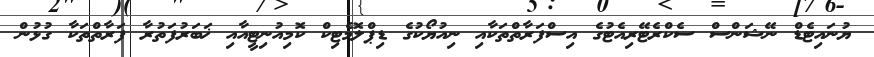
ޔުނައިޓެޑް ނޭޝަންސް ސެކްރެޓޭރިއެޓުގެ އިސްފަރާތްތަކާއި ނިއުޔޯކުގެ ޑިޕްލޮމެޓިކް ކޮމިއުނިޓީއާއި ޚަބަރުފަތުރާ ފަރާތްތަކާ ގުޅުން